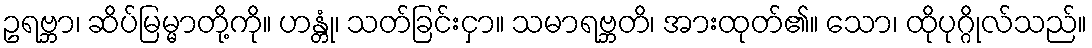
ဥရဗ္ဘာ၊ ဆိပ်မြမ္မာတို့ကို။ ဟန္တုံ၊ သတ်ခြင်းငှာ။ သမာရဗ္ဘတိ၊ အားထုတ်၏။ သော၊ ထိုပုဂ္ဂိုလ်သည်။